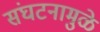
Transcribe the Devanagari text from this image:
संघटनामुळे